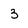
Character: 3